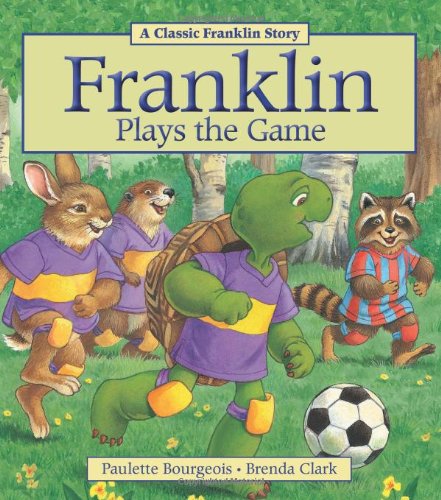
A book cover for Franklin Plays the Game; Paulette Bourgeois; Children's Books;